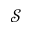
{ \mathcal S }